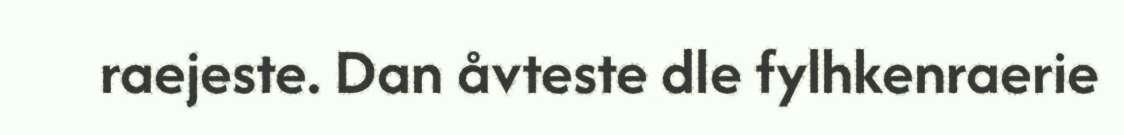
raejeste. Dan åvteste dle fylhkenraerie